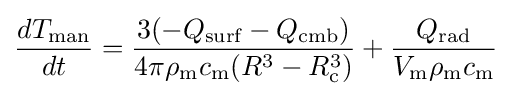
{\frac {dT_{\text{man}}}{dt}}={\frac {3(-Q_{\text{surf}}-Q_{\text{cmb}})}{4\pi \rho _{\text{m}}c_{\text{m}}(R^{3}-R_{\text{c}}^{3})}}+{\frac {Q_{\text{rad}}}{V_{\text{m}}\rho _{\text{m}}c_{\text{m}}}}